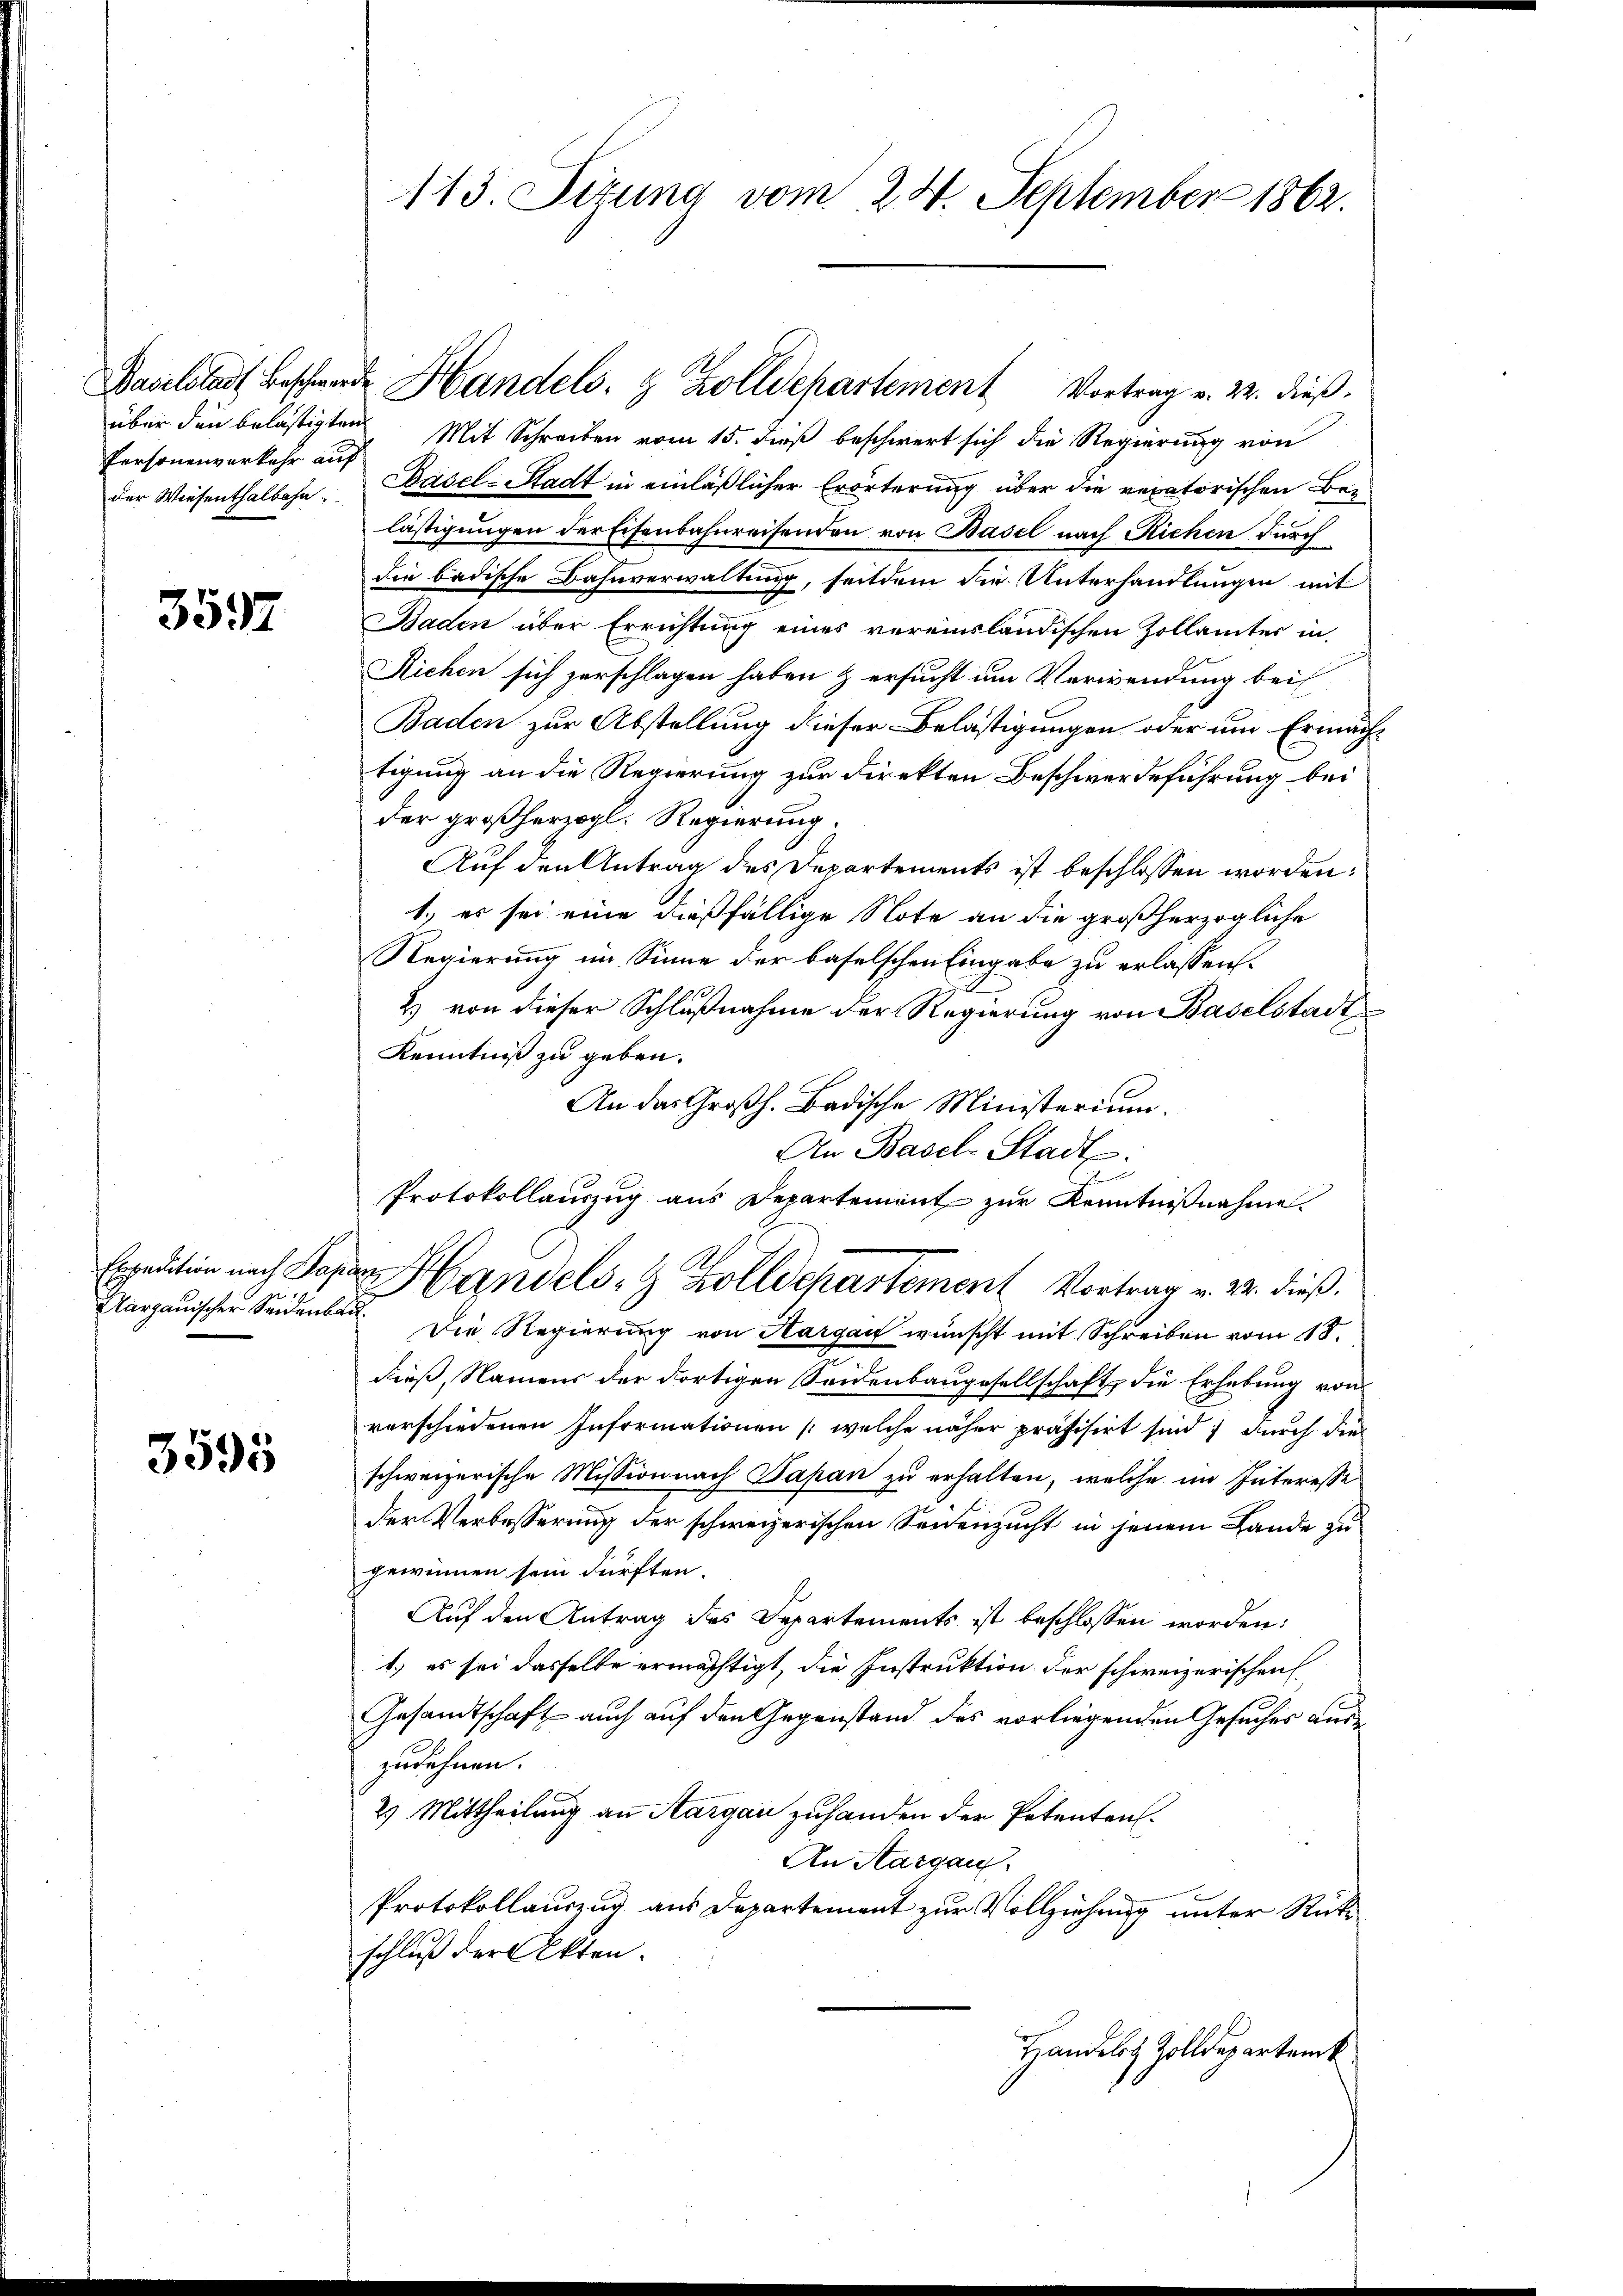
Personenverkehr auf
der Wiesenthalbahn

3597

Expedition nach Pap
Aargauischer Seidenbar

3595

113. Sitzung vom 24. September 1862.

Baselstadt Beschwerde Handels- & Zolldepartement Vortrag v. 22. dieβ.
über den belästigten Mit Schreiben vom 15. dieß beschwert sich die Regierung von
Basel-Stadt in einläßlicher Erörterung über die vexatorischen Beilästigungen der Eisenbahnreisenden von Basel nach Richen durch
die badische Bahnverwaltung, seitdem die Unterhandlungen mit
Baden über Errichtung eines vereinsländischen Zollamtes in
Richen sich zerschlagen haben & ersucht um Verwendung bei
Baden zur Abstellung dieser Belästigungen oder um Ermächtigung an die Regierung zur Direkten Beschwerdeführung bei
der großherzogl. Regierung.
Auf den Antrag des Departements ist beschlossen worden:
1.) er sei eine dießfällige Note an die großherzogliche
Regierung im Sinne der baselschen Eingabe zu erlassen.
2) von dieser Schlußnahme der Regierung von Baselstadt
Kenntniß zu geben.
An das Großh. Badische Ministerium.
An Basel-Stadt.
e
Protokollauszug aus Departement zur Kenntnißnahme.
Handels- & Zolldepartement Vortrag v. 24. dieß.
12. Die Regierung von Aargau wünscht mit Schreiben vom 18.
.
dieß, Namens der dortigen Seidenbaugesellschaft, die Erhebung von
verschiedenen Informationen (welche näher präfisirt sind, durch die
schweizerische Missionnach Papan zu erhalten, welche im Interesse
der Verbesserung der schweizerischen Seidenzucht in jenem Lande zu
gewinnen sein dürften.
Auf den Antrag des Departements ist beschlossen worden:
1.) es sei dasselbe ermächtigt, die Instruktion der schweizerischen
Gesandtschaft auch auf den Gegenstand des vorliegenden Gesuches auszudehnen.
2) Mittheilung an Aargau zuhanden der Petenten.
An Aargau.
Protokollauszug aus Departement zur Vollziehung unter Rückschluß der Akten.
Handelst Zolldepartenk